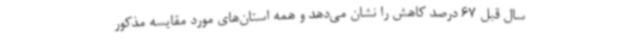
سال قبل 67 درصد کاهش را نشان می‌دهد و همه استان‌های مورد مقایسه مذکور